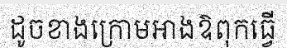
ដូចខាងក្រោមអាងឱពុកធ្វើ